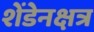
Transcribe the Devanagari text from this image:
शेंडेनक्षत्र